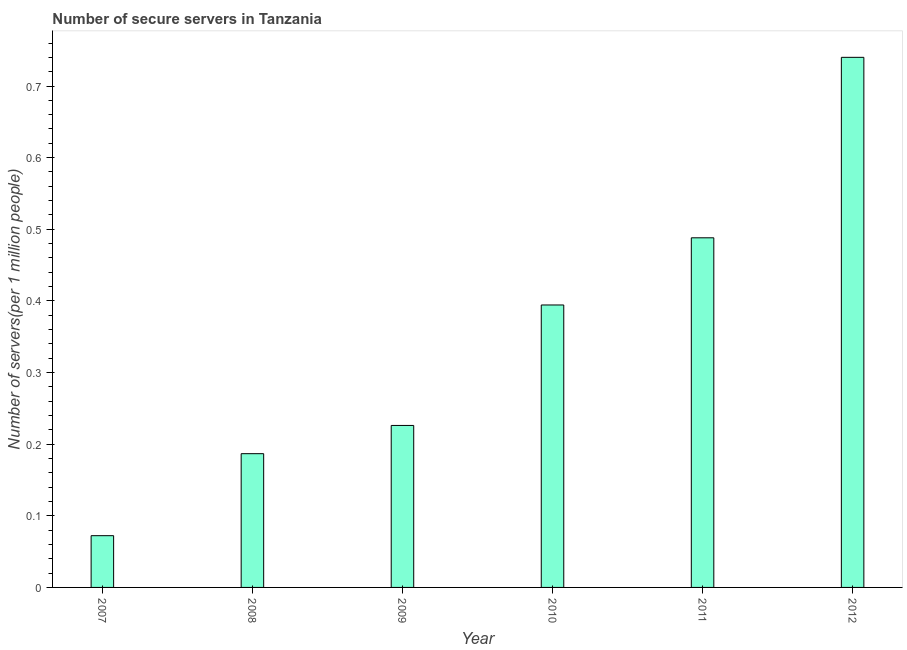
| Year | Secure Internet servers |
 | --- | --- |
 | 2007 | 0.0723 |
 | 2008 | 0.187 |
 | 2009 | 0.226 |
 | 2010 | 0.394 |
 | 2011 | 0.488 |
 | 2012 | 0.74 |